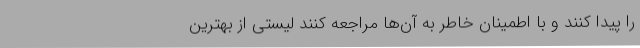
را پیدا کنند و با اطمینان خاطر به آن‌ها مراجعه کنند لیستی از بهترین